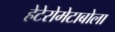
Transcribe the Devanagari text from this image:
हेटेरोमेटाबोला